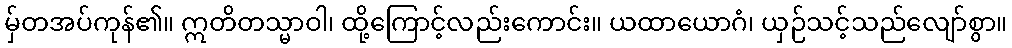
မှ်တအပ်ကုန်၏။ ဣတိတသ္မာဝါ၊ ထို့ကြောင့်လည်းကောင်း။ ယထာယောဂံ၊ ယှဉ်သင့်သည်လျော်စွာ။